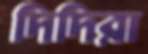
দিদিরা